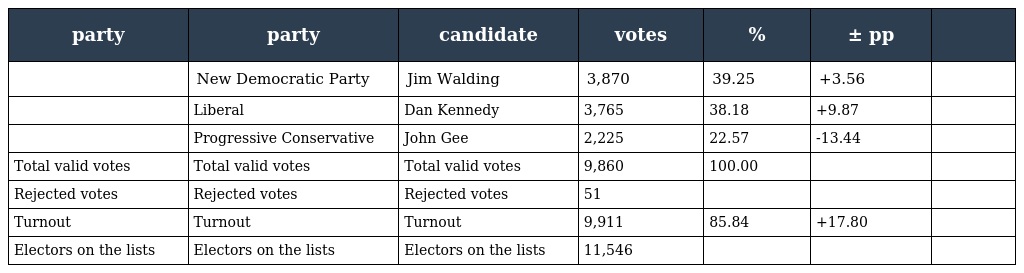
| party | party | candidate | votes | % | ± pp |  |
 | --- | --- | --- | --- | --- | --- | --- |
 |  | New Democratic Party | Jim Walding | 3,870 | 39.25 | +3.56 |  |
 |  | Liberal | Dan Kennedy | 3,765 | 38.18 | +9.87 |  |
 |  | Progressive Conservative | John Gee | 2,225 | 22.57 | -13.44 |  |
 | Total valid votes | Total valid votes | Total valid votes | 9,860 | 100.00 |  |  |
 | Rejected votes | Rejected votes | Rejected votes | 51 |  |  |  |
 | Turnout | Turnout | Turnout | 9,911 | 85.84 | +17.80 |  |
 | Electors on the lists | Electors on the lists | Electors on the lists | 11,546 |  |  |  |